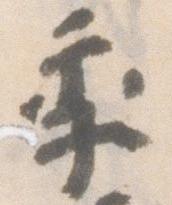
季